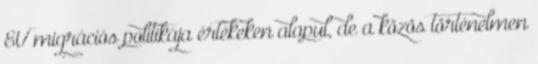
EU migrációs politikája értékeken alapul, de a közös történelmen